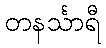
တနင်္သာရီ